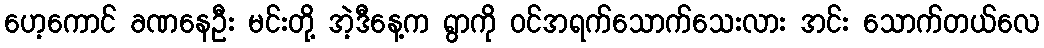
ဟေ့ကောင် ခဏနေဦး မင်းတို့ အဲ့ဒီနေ့က ရွာကို ဝင်အရက်သောက်သေးလား အင်း သောက်တယ်လေ